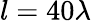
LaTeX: l=40\lambda